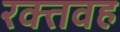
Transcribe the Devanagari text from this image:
रक्तवह